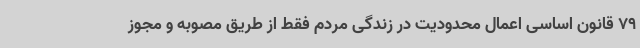
79 قانون اساسی اعمال محدودیت در زندگی مردم فقط از طریق مصوبه و مجوز